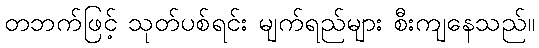
တဘက်ဖြင့် သုတ်ပစ်ရင်း မျက်ရည်များ စီးကျနေသည်။